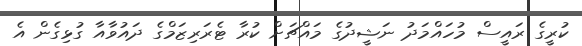
ކުރީގެ ރައީސް މުހައްމަދު ނަޝީދުގެ މައްޗަށް ކުރާ ޓެރަރިޒަމްގެ ދައުވާއާ ގުޅިގެން އެ